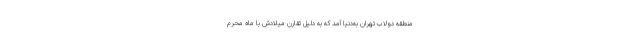
منطقه دولاب تهران به‌دنیا آمد که به دلیل تقارن میلادش با ماه محرم